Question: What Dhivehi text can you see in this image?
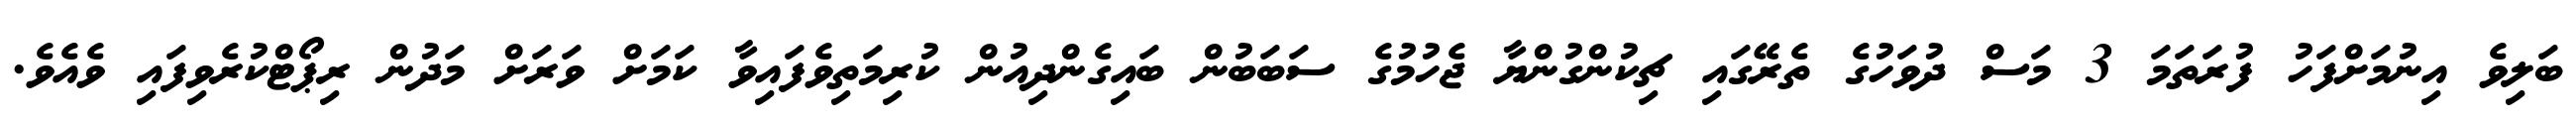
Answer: ބަލިވެ އިނުމަށްފަހު ފުރަތަމަ 3 މަސް ދުވަހުގެ ތެރޭގައި ޗިކުންގުންޔާ ޖެހުމުގެ ސަބަބުން ބައިގެންދިއުން ކުރިމަތިވެފައިވާ ކަމަށް ވަރަށް މަދުން ރިޕޯޓްކުރެވިފައި ވެއެވެ.